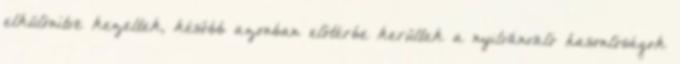
elkülönítve kezeltek, később azonban előtérbe kerültek a nyilvánvaló hasonlóságok